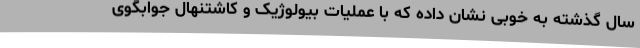
سال گذشته به خوبی نشان داده که با عملیات بیولوژیک و کاشتنهال جوابگوی